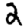
Digit: 2